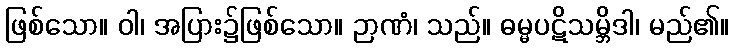
ဖြစ်သော။ ဝါ၊ အပြား၌ဖြစ်သော။ ဉာဏံ၊ သည်။ ဓမ္မပဋိသမ္ဘိဒါ၊ မည်၏။